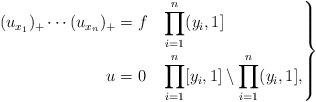
LaTeX: \begin{align*}\left.\begin{aligned}(u_{x_1})_+ \cdots (u_{x_n})_+ &= f& & \prod_{i=1}^n (y_i,1]\\u &=0& & \prod_{i=1}^n [y_i,1]\setminus \prod_{i=1}^n (y_i,1],\end{aligned}\right\}\end{align*}